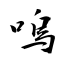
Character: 嗚